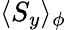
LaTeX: \langle S_{y}\rangle_{\phi}